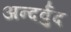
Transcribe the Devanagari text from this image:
अन्दर्वुद